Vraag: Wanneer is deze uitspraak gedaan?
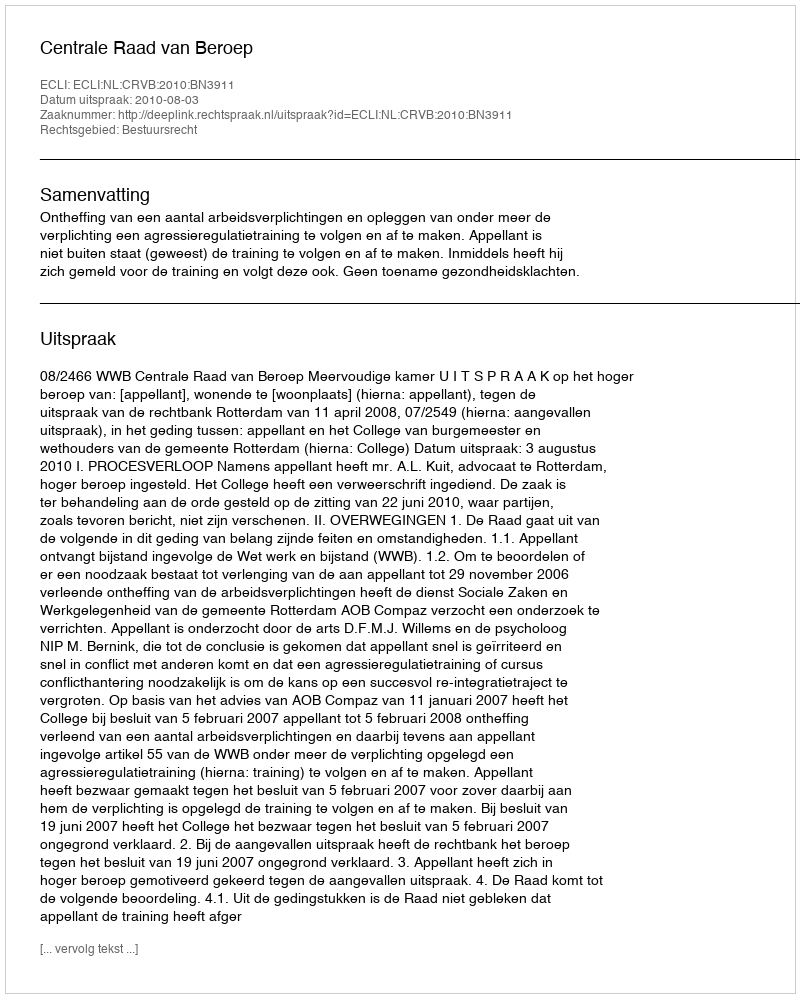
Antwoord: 2010-08-03